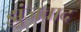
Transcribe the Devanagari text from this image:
झुंजवाद